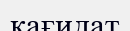
қағидат